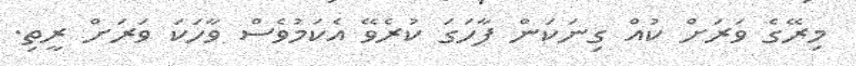
މިރޭގެ ވަރަށް ކުއް ގިނަކަން ފާހަގަ ކުރެވޭ އެކަމުވެސް ވާހަކަ ވަރަށް ރީތި.